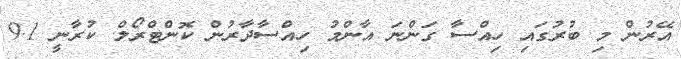
އޭރުން މި ބުރުގައި ހިއްސާ ގަންނަ އާންމު ހިއްސާދާރުން ކޮންޓްރޯލް ކުރާނީ 9.1